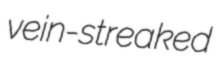
vein-streaked